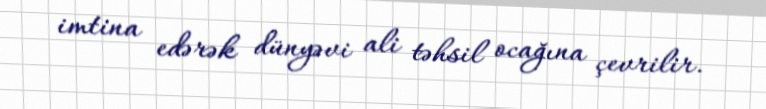
imtina edərək dünyəvi ali təhsil ocağına çevrilir.